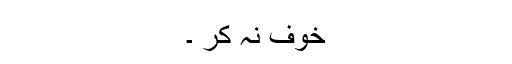
خَوف نہ کر ۔